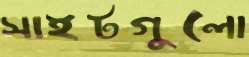
সাইটগুলো